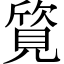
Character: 𬢀